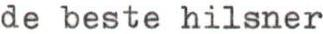
de beste hilsner